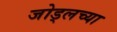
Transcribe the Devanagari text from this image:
जोड्लच्या